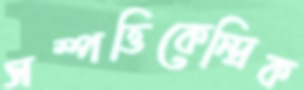
সম্পত্তিকেন্দ্রিক